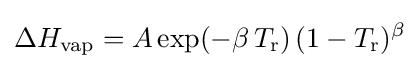
\Delta H_{\text{vap}}=A\exp(-\beta \,T_{\text{r}})\,(1-T_{\text{r}})^{\beta }